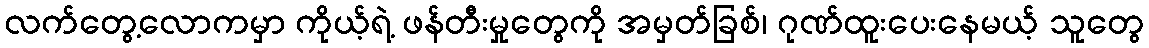
လက်တွေ့လောကမှာ ကိုယ့်ရဲ့ ဖန်တီးမှုတွေကို အမှတ်ခြစ်၊ ဂုဏ်ထူးပေးနေမယ့် သူတွေ